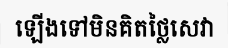
ឡើងទៅមិនគិតថ្លៃសេវា